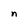
Character: n